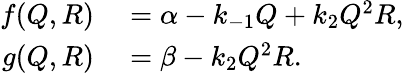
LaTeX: \begin{array}{rl}{f(Q,R)}&{{}=\alpha-k_{-1}Q+k_{2}Q^{2}R,}\\ {g(Q,R)}&{{}=\beta-k_{2}Q^{2}R.}\end{array}